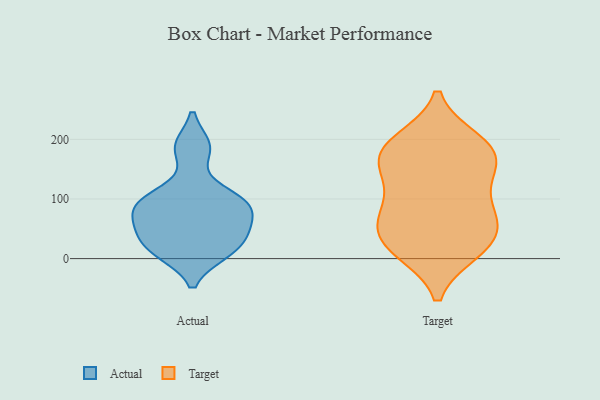
{"axis": {"x": "Active Users", "y": "Value"}, "legend": ["Actual", "Target"], "data": [{"x": "", "y": 10, "type": "Actual"}, {"x": "", "y": 99, "type": "Actual"}, {"x": "", "y": 55, "type": "Actual"}, {"x": "", "y": 92, "type": "Actual"}, {"x": "", "y": 63, "type": "Actual"}, {"x": "", "y": 187, "type": "Actual"}, {"x": "", "y": 10, "type": "Actual"}, {"x": "", "y": 36, "type": "Actual"}, {"x": "", "y": 82, "type": "Actual"}, {"x": "", "y": 102, "type": "Actual"}, {"x": "", "y": 97, "type": "Actual"}, {"x": "", "y": 186, "type": "Actual"}, {"x": "", "y": 45, "type": "Actual"}, {"x": "", "y": 15, "type": "Actual"}, {"x": "", "y": 69, "type": "Target"}, {"x": "", "y": 34, "type": "Target"}, {"x": "", "y": 150, "type": "Target"}, {"x": "", "y": 80, "type": "Target"}, {"x": "", "y": 129, "type": "Target"}, {"x": "", "y": 17, "type": "Target"}, {"x": "", "y": 46, "type": "Target"}, {"x": "", "y": 185, "type": "Target"}, {"x": "", "y": 157, "type": "Target"}, {"x": "", "y": 198, "type": "Target"}, {"x": "", "y": 91, "type": "Target"}, {"x": "", "y": 12, "type": "Target"}, {"x": "", "y": 65, "type": "Target"}, {"x": "", "y": 191, "type": "Target"}, {"x": "", "y": 13, "type": "Target"}, {"x": "", "y": 158, "type": "Target"}, {"x": "", "y": 189, "type": "Target"}]}